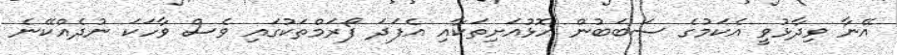
އޭނާ ވިދާޅުވީ އެކަމުގެ ސަބަބުން ހޮޅުއަށިތަކާއި އެފަދަ ފޯރަމްތަކުގައި ވެސް ވާހަކަ ނުދެއްކޭނެ